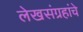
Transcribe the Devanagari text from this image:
लेखसंग्रहांचे